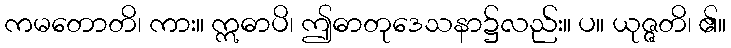
ကမတောတိ၊ ကား။ ဣဓာပိ၊ ဤဓာတုဒေသနာ၌လည်း။ ပ။ ယုဇ္ဇတိ၊ ၏။